Indian journal of veterinary science and animal husbandry - Volume 7,
Year: 1937
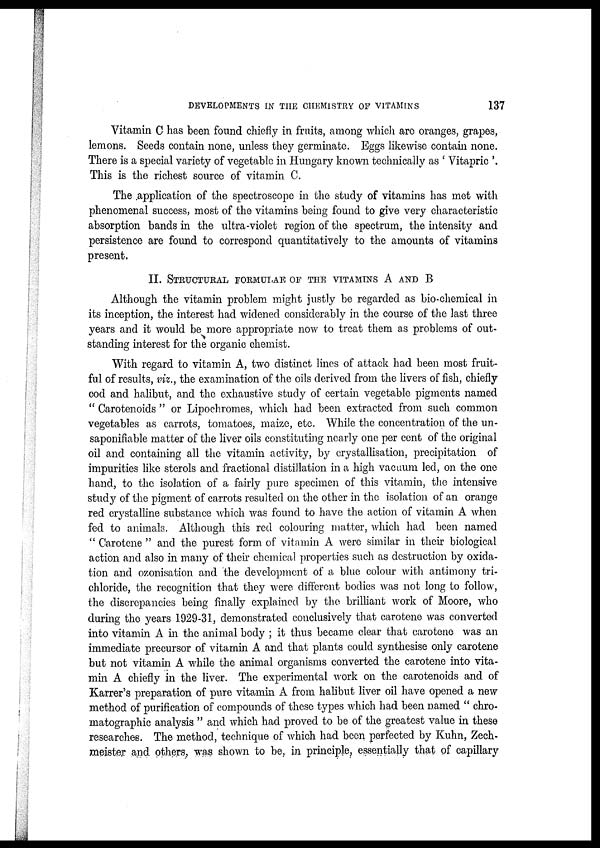
DEVELOPMENTS IN THE CHEMISTRY OF VITAMINS
137
Vitamin C has been found chiefly in fruits, among which are oranges, grapes,
lemons. Seeds contain none, unless they germinate. Eggs likewise contain none.
There is a special variety of vegetable in Hungary known technically as ' Vitapric '.
This is the richest source of vitamin C.
The application of the spectroscope in the study of vitamins has met with
phenomenal success, most of the vitamins being found to give very characteristic
absorption bands in the ultra-violet region of the spectrum, the intensity and
persistence are found to correspond quantitatively to the amounts of vitamins
present.
II. STRUCTURAL FORMULAE OF THE VITAMINS A AND B
Although the vitamin problem might justly be regarded as bio-chemical in
its inception, the interest had widened considerably in the course of the last three
years and it would be more appropriate now to treat them as problems of out-
standing interest for the organic chemist.
With regard to vitamin A, two distinct lines of attack had been most fruit-
ful of results, viz., the examination of the oils derived from the livers of fish, chiefly
cod and halibut, and the exhaustive study of certain vegetable pigments named
" Carotenoids " or Lipochromes, which had been extracted from such common
vegetables as carrots, tomatoes, maize, etc. While the concentration of the un¬
saponifiable matter of the liver oils constituting nearly one per cent of the original
oil and containing all the vitamin activity, by crystallisation, precipitation of
impurities like sterols and fractional distillation in a high vacuum led, on the one
hand, to the isolation of a fairly pure specimen of this vitamin, the intensive
study of the pigment of carrots resulted on the other in the isolation of an orange
red crystalline substance which was found to have the action of vitamin A when
fed to animals. Although this red colouring matter, which had been named
" Carotene " and the purest form of vitamin A were similar in their biological
action and also in many of their chemical properties such as destruction by oxida-
tion and ozonisation and the development of a blue colour with antimony tri-
chloride, the recognition that they were different bodies was not long to follow,
the discrepancies being finally explained by the brilliant work of Moore, who
during the years 1929-31, demonstrated conclusively that carotene was converted
into vitamin A in the animal body ; it thus became clear that carotene was an
immediate precursor of vitamin A and that plants could synthesise only carotene
but not vitamin A while the animal organisms converted the carotene into vita-
min A chiefly in the liver. The experimental work on the carotenoids and of
Karrer's preparation of pure vitamin A from halibut liver oil have opened a new
method of purification of compounds of these types which had been named " chro-
matographic analysis " and which had proved to be of the greatest value in these
researches. The method, technique of which had been perfected by Kuhn, Zech-
meister and others, was shown to be, in principle, essentially that of capillary